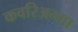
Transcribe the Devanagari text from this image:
कवरिअम्मा